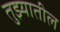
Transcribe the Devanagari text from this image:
तुझ्यातील